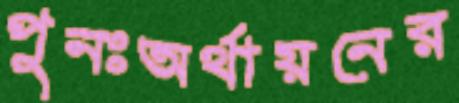
পুনঃঅর্থায়নের